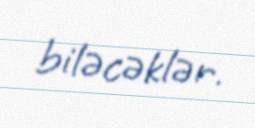
biləcəklər.